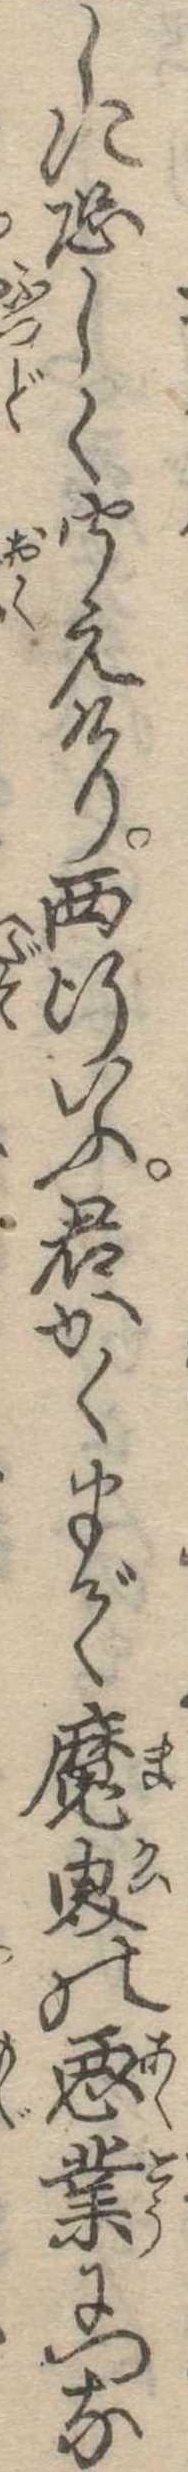
しに恐しく聞えけり西行いふ君かくまで魔界の悪業につな